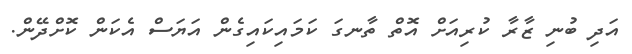
އަދި ބުނި ޒާރާ ކުރިއަށް އޮތް ތާނގަ ކަމައިކައިގެން އަޔަސް އެކަން ކޮށްދޭން.